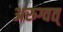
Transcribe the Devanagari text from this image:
अरुग्वत्